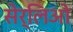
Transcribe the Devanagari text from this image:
सेर्लिओ